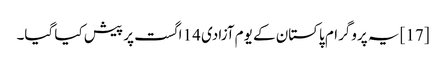
[17] یہ پروگرام پاکستان کے یوم آزادی 14 اگست پر پیش کیا گیا۔